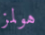
هولمز